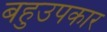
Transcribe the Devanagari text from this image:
बहुउपकार